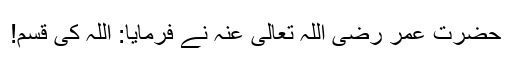
حضرت عمر رضی اللہ تعالیٰ عنہ نے فرمایا: اللہ کی قسم!